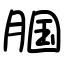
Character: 腘